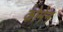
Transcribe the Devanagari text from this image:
कोमेन